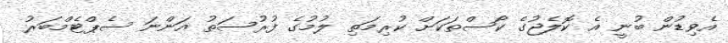
އެވިޑުން ބުނީ އެ ކޮލެޖުގެ ކޯސްތަކަށް ކުރިމަތި ލުމުގެ ފުރުސަތު އަންނަ ސެޕްޓެމްބަރު